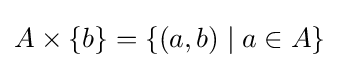
A\times \{b\}=\{(a,b)\mid a\in A\}